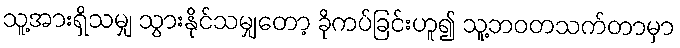
သူ့အားရှိသမျှ သွားနိုင်သမျှတော့ ခိုကပ်ခြင်းဟူ၍ သူ့ဘဝတသက်တာမှာ